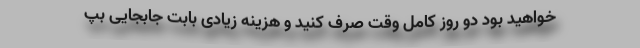
خواهید بود دو روز کامل وقت صرف کنید و هزینه زیادی بابت جابجایی بپ